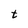
Character: t